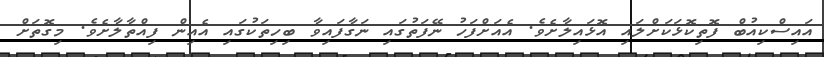
އައިސްކިއުބް ފޮތިކޮޅަކަށްލައި އޮޅައިލާށެވެ. އެއަށްފަހު ނޭފަތުގައި ނަގާފައިވާ ބިހިތަކުގައި އެއިން ފިއްތާލާށެވެ. މިގޮތަށް